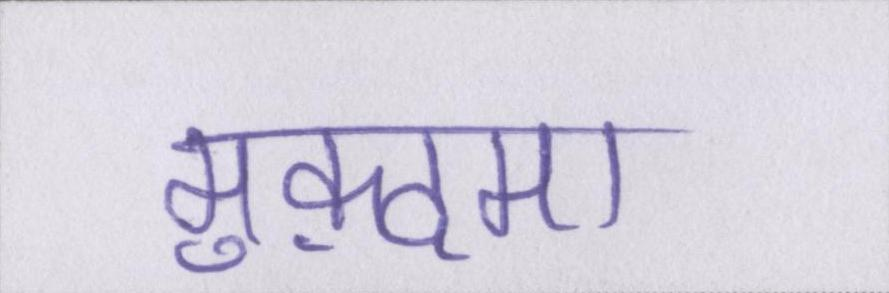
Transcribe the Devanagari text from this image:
मुक़दमा